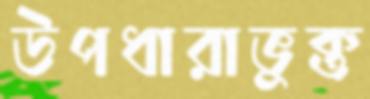
উপধারাভুক্ত